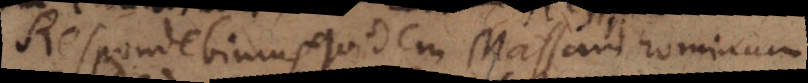
Respondebimus quidem massam hominum